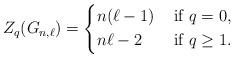
LaTeX: \begin{align*}Z_q(G_{n,\ell})&=\left\{\begin{aligned}&n(\ell-1) &\mbox{ if }q=0,\\&n\ell -2 & \mbox{ if }q\geq 1.\end{aligned}\right.\end{align*}